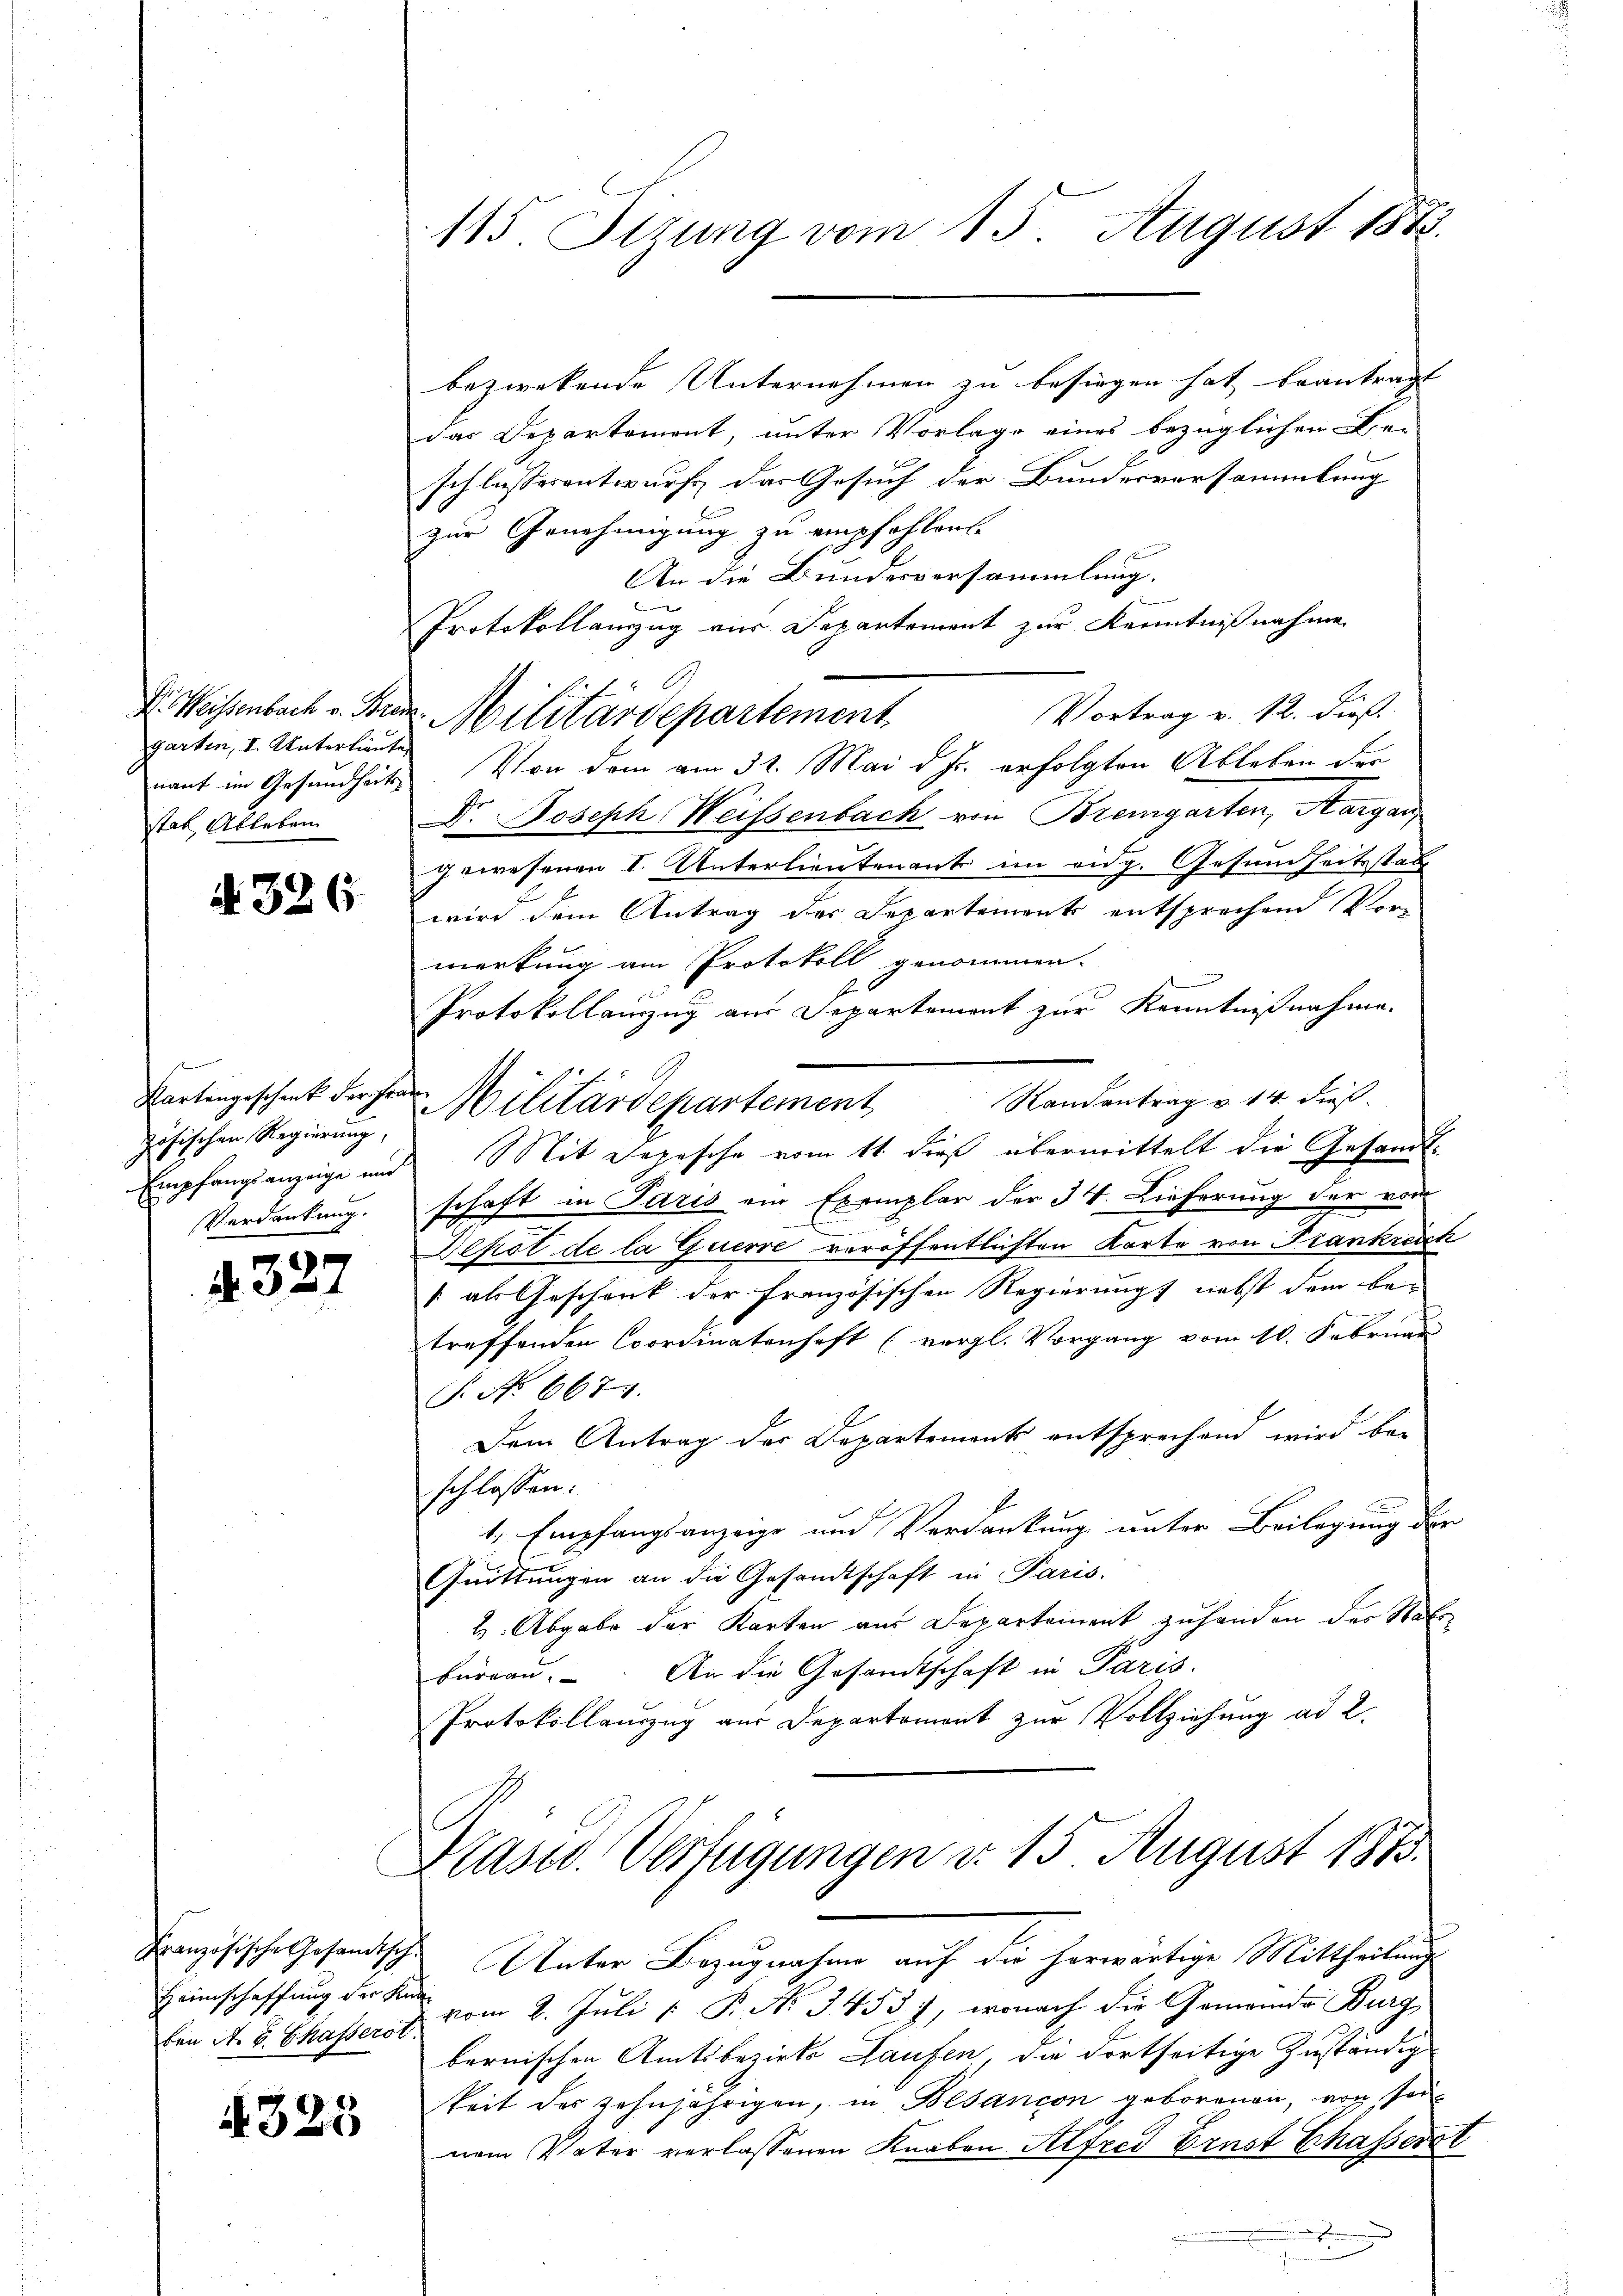
garten, I. Unterlieute,
nant im Gesundheits-
stat Ableben

§. 326

zösischen Regierung,
Empfangsanzeige mir
Verdankung.

4327

Heimschaffung der Kur¬

325

115. Stzung vom 15. August 1873.

bezwekende Unternehmen zu besiegen hat beantragt
das Departement, unter Vorlage eines bezüglichen Be-
schlussesentwurf das Gesuch der Bundesversammlung
zur Genehmigung zu empfehlen.
An die Bundesversammlung.
t
Protokollanzug aus Departement zur Kenntnißnahme
Vortrag v. 12. dieß.
Von dem am 31. Mai d. Js. erfolgten Ableben der
Dr. Joseph Weissenbach von Bremgarten, Aargar
gewesenen I. Unterlieutenant im eidg. Gesundheitsstatt
wird dem Antrag des Departements entsprochend Vormerkung am Protokoll genommen.
Protokollanzug aus Departement zur Kenntnißnahme.
Randantrag v. 14. dieß
Kartengeschenk der Militärdepartement
Mit Depesche vom 11. dieß übermittelt die Gesandt-
schaft in Paris ein Exemplar der 34. Lieferung der vom
Depot de la querre veröffentlichten Karte von Frankreich
" als Geschenk der französischen Regierung nebst dem be-
treffenden Coordinatenhaft (vergl. Vorgang vom 10. Februar
. No. 6674.
Dem Antrag der Departements entsprechend wird be-
schlossen:
4. Empfangsanzeige und Verdankung unter Beilegung der
Quittungen an die Gesandtschaft in Paris.
2. Abgabe der Karten aus Departement zuhanden der Stel
büreau. An die Gesandtschaft in Paris.
Protokollauszug aus Departement zur Vollziehung ad 2.

Dr. Weisenbach v. Franz Militärdepartement

Französische Gesandtische Unter Bezugnahme auf die herwärtige Mittheilung
En A. v. Chassert vom 2. Juli 1 P. No 3453, wonach die Gemeinde Burg
bernischen Amtsbezirks Laufen, die dortseitige Zuständige
keit des zehnjährigen, in Besancon geborenen, von sei
nem Vater verlassenen Knaben Alfred Ernst Chasserol

Frau Verfügungen 5 15. August 1890.